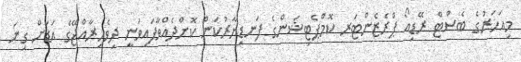
މިއަހަރުގެ ބެސްޓް ރޭޑިއޯ ޕްރެޒެންޓަރ ކޮމްޕެޓިޝަންގެ ފަނޑިޔާރުކަން ކޮށްދެއްވާފައިވަނީ ދިވެހިރާއްޖޭގެ އަޑަށް ގިނަ